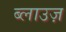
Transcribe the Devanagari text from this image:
ब्लाउज़